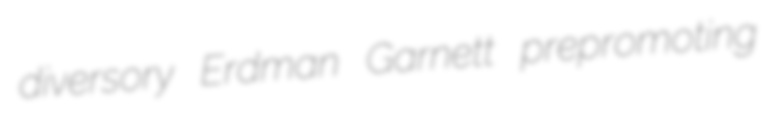
diversory Erdman Garnett prepromoting